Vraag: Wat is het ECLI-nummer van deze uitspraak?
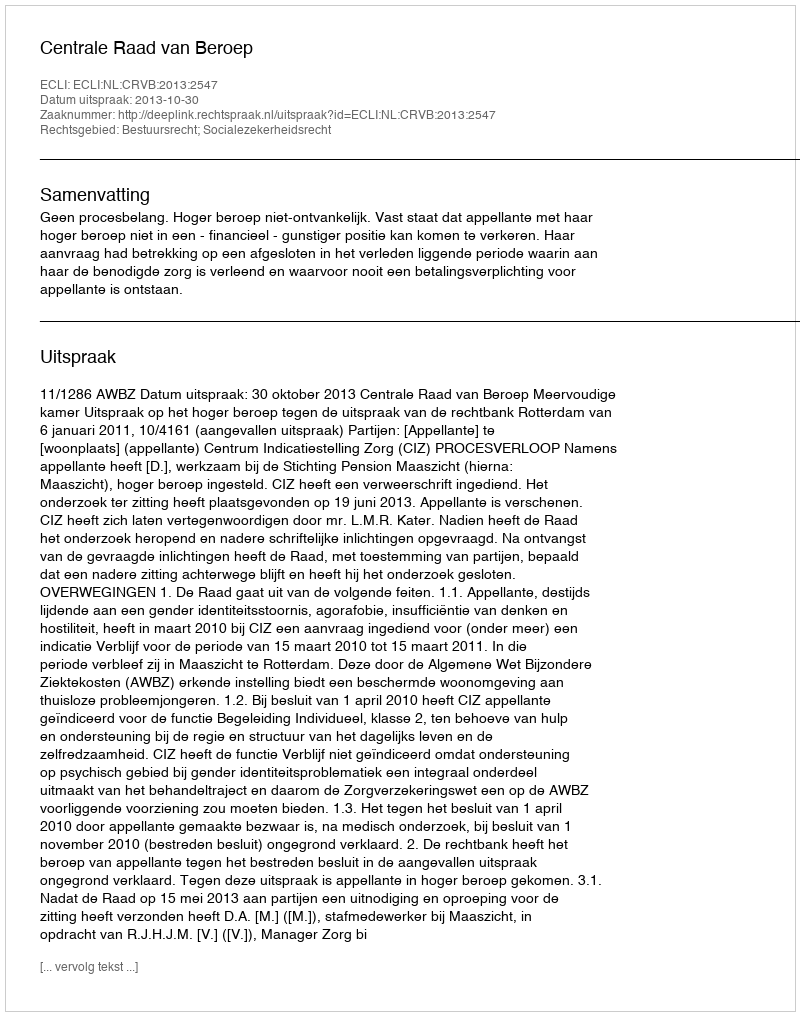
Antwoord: ECLI:NL:CRVB:2013:2547